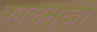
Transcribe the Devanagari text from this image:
कालमुखी